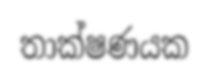
තාක්ෂණයක